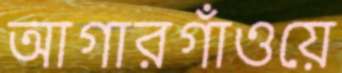
আগারগাঁওয়ে